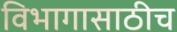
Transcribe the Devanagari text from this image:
विभागासाठीच